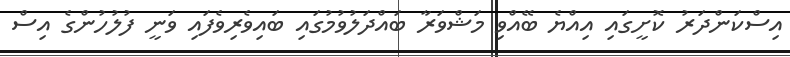
އިސްކަންދަރު ކޮށީގައި އިއްޔެ ބޭއްވި މަޝްވަރާ ބައްދަލުވުމުގައި ބައިވެރިވެފައި ވަނީ ފުލުހުންގެ އިސް